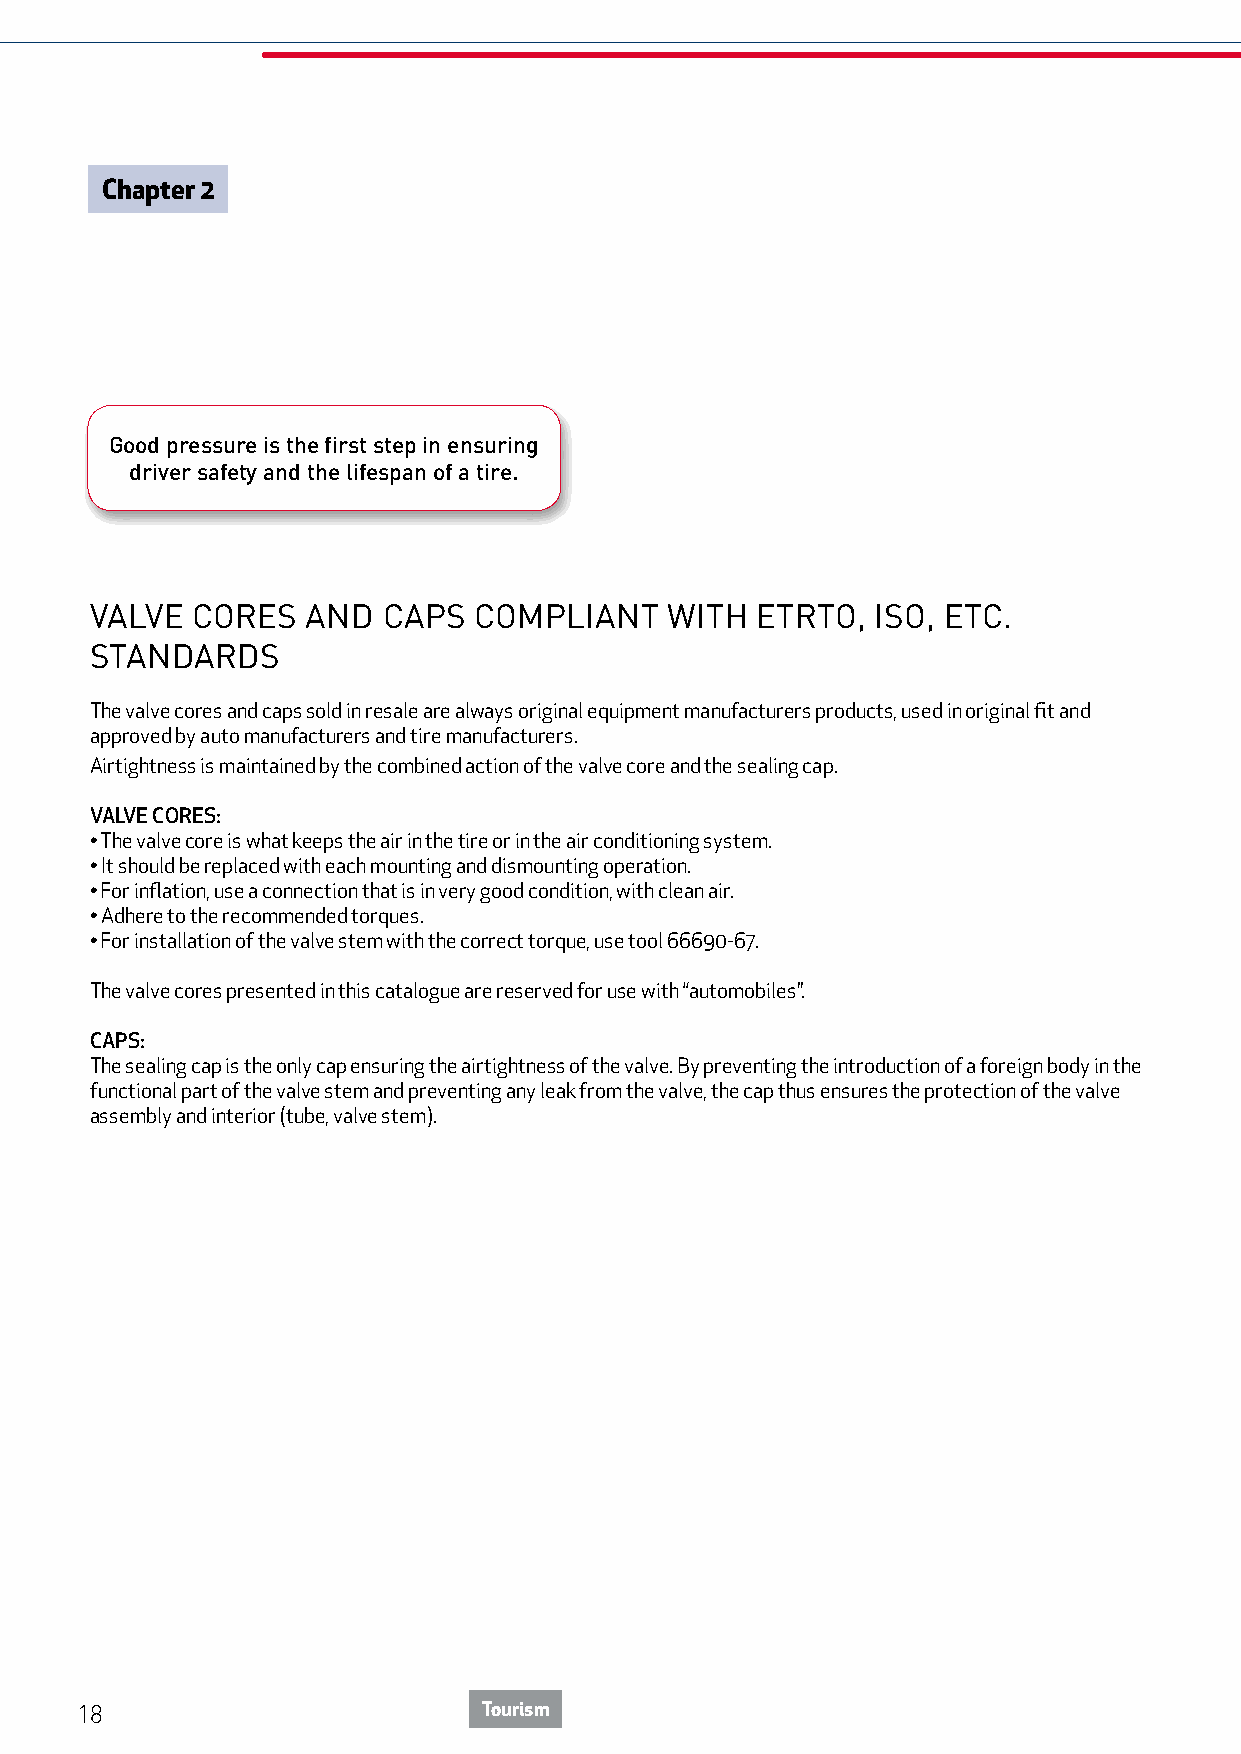
Chapter 2
 Good pressure is the first step in ensuring
 driver safety and the lifespan of a tire.
 VALVE  CORES  AND  CAPS  COMPLIANT    WITH  ETRTO,  ISO, ETC.
 STANDARDS
 The valve cores and caps sold in resale are always original equipment manufacturers products, used in original fit and
 approved by auto manufacturers and tire manufacturers.
 Airtightness is maintained by the combined action of the valve core and the sealing cap.
 VALVE CORES:
 • The valve core is what keeps the air in the tire or in the air conditioning system.
 • It should be replaced with each mounting and dismounting operation.
 • For inflation, use a connection that is in very good condition, with clean air.
 • Adhere to the recommended torques.
 • For installation of the valve stem with the correct torque, use tool 66690-67.
 The valve cores presented in this catalogue are reserved for use with “automobiles”.
 CAPS:
 The sealing cap is the only cap ensuring the airtightness of the valve. By preventing the introduction of a foreign body in the
 functional part of the valve stem and preventing any leak from the valve, the cap thus ensures the protection of the valve
 assembly and interior (tube, valve stem).
 18                         Tourism